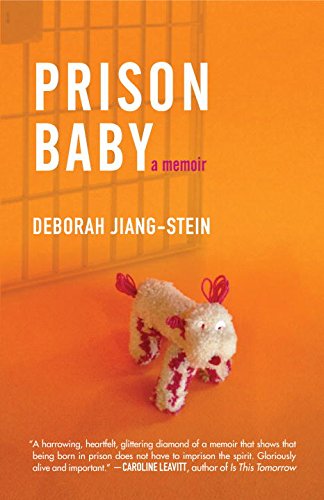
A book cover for Prison Baby: A Memoir; Deborah Jiang-Stein; Parenting & Relationships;